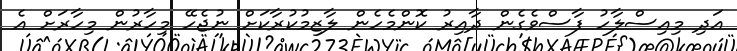
އަދި މިއިސްލާހު ފާސްވެގެން ދާއިރު ކޮންމެހެން ލާޒިމުކުރާކަށް ނުޖެހޭ މިހާރުން މިހާރަށް އެ